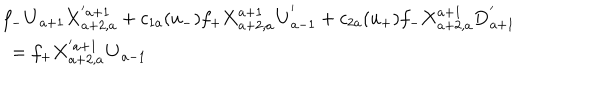
\begin{array} { l } { { f _ { - } { \bf U } _ { a + 1 } { \bf X } _ { a + 2 , a } ^ { ' a + 1 } + c _ { 1 a } ( u _ { - } ) f _ { + } { \bf X } _ { a + 2 , a } ^ { a + 1 } { \bf U } _ { a - 1 } ^ { ' } + c _ { 2 a } ( u _ { + } ) f _ { - } { \bf X } _ { a + 2 , a } ^ { a + 1 } { \bf D } _ { a + 1 } ^ { ' } } } \\ { { \mathrm { ~ } = f _ { + } { \bf X } _ { a + 2 , a } ^ { ' a + 1 } { \bf U } _ { a - 1 } } } \\ \end{array}